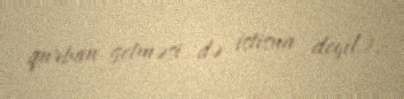
qurban getməsi də istisna deyil).